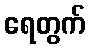
ရေတွက်